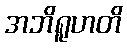
အဘိရူဟတိ